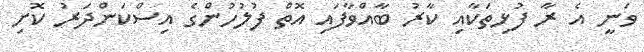
ވަނީ އެ ރާ ފުޅިތަކާއި ކާރު ބާއްވާފައި އޮތް ފުލުހުންގެ އިސްކަންދަރު ކޮށި